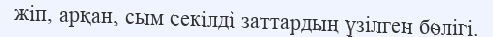
жіп, арқан, сым секілді заттардың үзілген бөлігі.